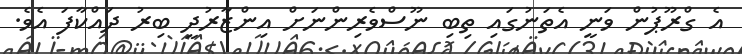
އެ ގްރޫޕުން ވަނީ އެތަނުގައި ތިބި ނޫސްވެރިންނަށް އިންޒާރުދީ ބިރު ދައްކާފަ އެވެ.